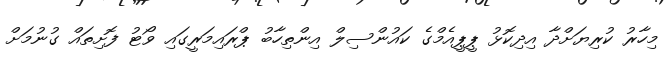
މިހާރު ކުރިޔަށްދާ އިދިކޮޅު ޕީޕީއެމްގެ ކައުންސިލް އިންތިހާބު ޕްރައިމަރީގައި ވޯޓު ފޮށިތައް ގުނުމަށް